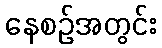
နေစဉ်အတွင်း